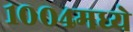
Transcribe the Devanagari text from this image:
१००४मध्ये